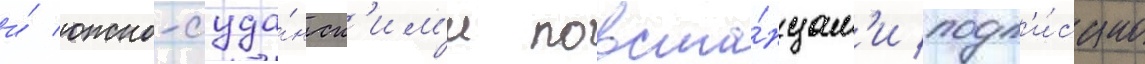
и́ южно-суда́нск'им'и повста́нцам'и подп'и́сано